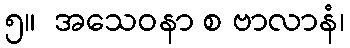
၅။  အသေဝနာ စ ဗာလာနံ၊